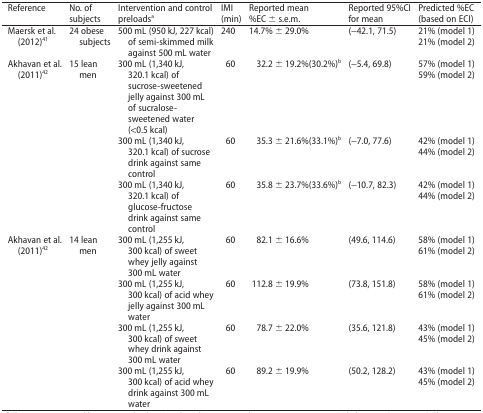
<table><thead><tr><td><b>Reference</b></td><td><b>No. of subjects</b></td><td><b>Intervention and control preloadsa</b></td><td><b>IMI (min)</b></td><td><b>Reported mean %EC ± s.e.m.</b></td><td><b>Reported 95%CI for mean</b></td><td><b>Predicted %EC (based on ECI)</b></td></tr></thead><tbody><tr><td>Maersk et al. (2012)41</td><td>24 obese subjects</td><td>500 mL (950 kJ, 227 kcal) of semi-skimmed milk against 500 mL water</td><td>240</td><td>14.7% ± 29.0%</td><td>(−42.1, 71.5)</td><td>21% (model 1) 21% (model 2)</td></tr><tr><td>Akhavan et al. (2011)42</td><td>15 lean men</td><td>300 mL (1,340 kJ, 320.1 kcal) of sucrose-sweetened jelly against 300 mL of sucralose-sweetened water (&lt;0.5 kcal)</td><td>60</td><td>32.2 ± 19.2% (30.2%)b</td><td>(−5.4, 69.8)</td><td>57% (model 1) 59% (model 2)</td></tr><tr><td></td><td></td><td>300 mL (1,340 kJ, 320.1 kcal) of sucrose drink against same control</td><td>60</td><td>35.3 ± 21.6% (33.1%)b</td><td>(−7.0, 77.6)</td><td>42% (model 1) 44% (model 2)</td></tr><tr><td></td><td></td><td>300 mL (1,340 kJ, 320.1 kcal) of glucose-fructose drink against same control</td><td>60</td><td>35.8 ± 23.7% (33.6%)b</td><td>(−10.7, 82.3)</td><td>42% (model 1) 44% (model 2)</td></tr><tr><td>Akhavan et al. (2011)42</td><td>14 lean men</td><td>300 mL (1,255 kJ, 300 kcal) of sweet whey jelly against 300 mL water</td><td>60</td><td>82.1 ± 16.6%</td><td>(49.6, 114.6)</td><td>58% (model 1) 61% (model 2)</td></tr><tr><td></td><td></td><td>300 mL (1,255 kJ, 300 kcal) of acid whey jelly against 300 mL water</td><td>60</td><td>112.8 ± 19.9%</td><td>(73.8, 151.8)</td><td>58% (model 1) 61% (model 2)</td></tr><tr><td></td><td></td><td>300 mL (1,255 kJ, 300 kcal) of sweet whey drink against 300 mL water</td><td>60</td><td>78.7 ± 22.0%</td><td>(35.6, 121.8)</td><td>43% (model 1) 45% (model 2)</td></tr><tr><td></td><td></td><td>300 mL (1,255 kJ, 300 kcal) of acid whey drink against 300 mL water</td><td>60</td><td>89.2 ± 19.9%</td><td>(50.2, 128.2)</td><td>43% (model 1) 45% (model 2)</td></tr></tbody></table>